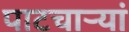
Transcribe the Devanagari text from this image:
पाटचार्‍यां